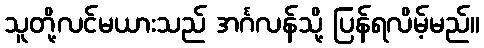
သူတို့လင်မယားသည် အင်္ဂလန်သို့ ပြန်ရလိမ့်မည်။